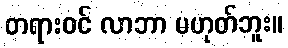
တရားဝင် လာဘာ မဟုတ်ဘူး။